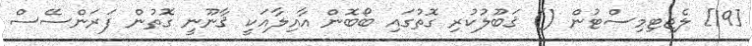
[19] ލެޖިޓިމިސްޓުން () ޤަބޫލުކުރި ގޮތުގައި ބޯބޮން އާއިލާއަކީ ޤާނޫނީ ގޮތުން ފަރަންސޭސް